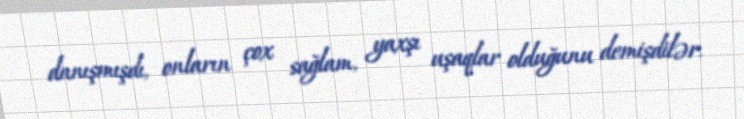
danışmışdı, onların çox sağlam, yaxşı uşaqlar olduğunu demişdilər.